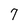
Character: 7